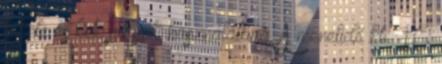
fekete és kék pályák használatára. A menetidő kb. 10